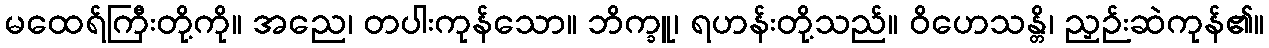
မထေရ်ကြီးတို့ကို။ အညေ၊ တပါးကုန်သော။ ဘိက္ခူ၊ ရဟန်းတို့သည်။ ဝိဟေသန္တိ၊ ညှဉ်းဆဲကုန်၏။